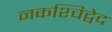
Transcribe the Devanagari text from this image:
नकश्चिद्वेद